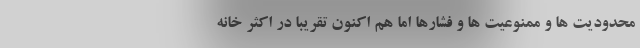
محدودیت ها و ممنوعیت ها و فشارها اما هم اکنون تقریبا در اکثر خانه